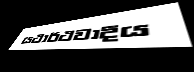
යථාර්ථවාදීය